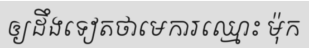
ឲ្យដឹងទៀតថាមេការឈ្មោះ ម៉ុក